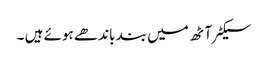
سیکٹر آٹھ میں بند باندھے ہوئے ہیں ۔